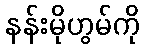
နန်းမိုဟွမ်ကို